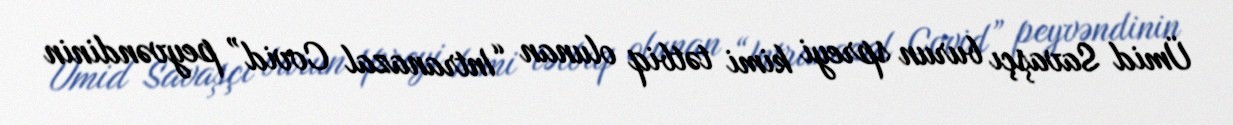
Ümid Savaşçı burun spreyi kimi tətbiq olunan “Intranazal Covid” peyvəndinin